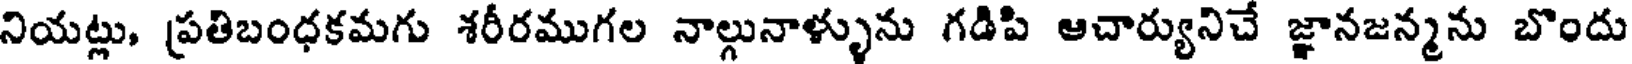
నియట్లు, ప్రతిబంధకమగు శరీరముగల నాల్గునాళ్ళును గడిపి ఆచార్యునిచే జ్ఞానజన్మను బొందు